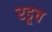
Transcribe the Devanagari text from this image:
रडूच